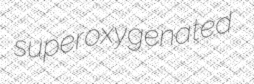
superoxygenated